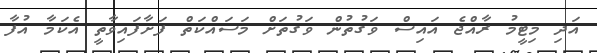
އަދި މިޓީމު ރާއްޖެ އައިސް ވަގުތުން ވަގުތަށް މަސައްކަތް ފަށާފައިވާތީ އެކަމާ އުފާ